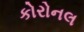
કોરોનલ